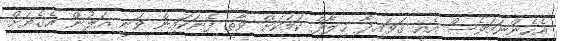
އެހެންނަމަވެސް އެއީ ޤަވައިދާ ޚިލާފް ކަމަކަށް ވާތީ ފެނަކައިން ވަނީ އަލުން އެގެޔަށް